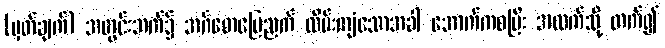
(မှတ်ချက်) အတွင်းဘက်၌ အင်္ဂတေမြေညက် လိမ်းကျံသောအခါ အောက်ကစပြီး အထက်သို့ တက်၍